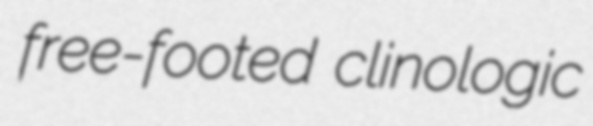
free-footed clinologic